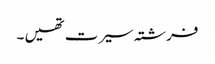
فرشتہ سیرت تھیں ۔